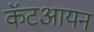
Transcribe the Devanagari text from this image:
कॅटआयन